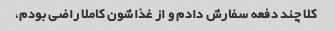
کلا چند دفعه سفارش دادم و از غذاشون کاملا راضی بودم،